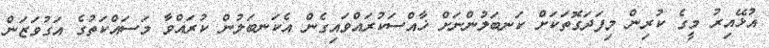
އުޅޭއިރު މީގެ ކުރިން މިފަދަގޮތަކަށް ކަނބަލުންނަށް ޚާއްސަކުރައްވައިގެން އެކަނބަލުން ކުރައްވާ މަސައްކަތުގެ އަގުވަޒަން